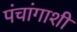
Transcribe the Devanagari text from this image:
पंचांगाशी